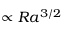
\propto R a ^ { 3 / 2 }